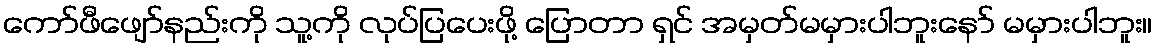
ကော်ဖီဖျော်နည်းကို သူ့ကို လုပ်ပြပေးဖို့ ပြောတာ ရှင် အမှတ်မမှားပါဘူးနော် မမှားပါဘူး။